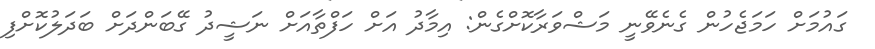
ގައުމަށް ހަމަޖެހުން ގެނެވޭނީ މަޝްވަރާކޮށްގެން: އިމާދު އަށް ހަފްތާއަށް ނަޝީދު ގޭބަންދަށް ބަދަލުކޮށްފި